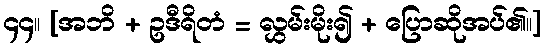
၄၄။ [အဘိ + ဥဒီရိတံ = လွှမ်းမိုး၍ + ပြောဆိုအပ်၏။]